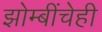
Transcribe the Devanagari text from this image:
झोम्बींचेही